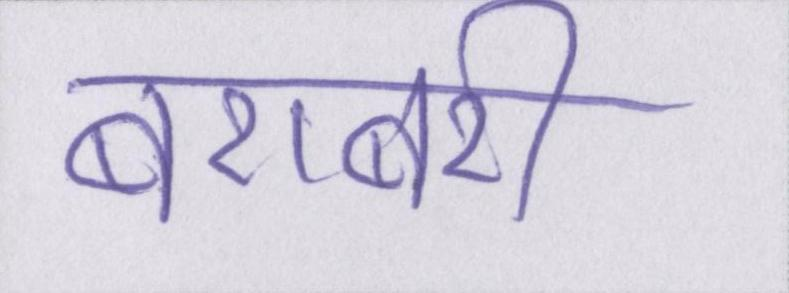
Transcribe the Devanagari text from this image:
बराबरी